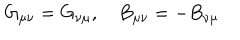
G _ { \mu \nu } = G _ { \nu \mu } , \quad B _ { \mu \nu } = - B _ { \nu \mu }